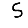
Digit: 5